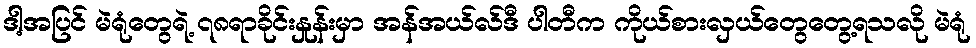
ဒါ့အပြင် မဲရုံတွေရဲ့ ၇၈ရာခိုင်းနှုန်းမှာ အန်အယ်လ်ဒီ ပါတီက ကိုယ်စားလှယ်တွေတွေ့ရသလို မဲရုံ